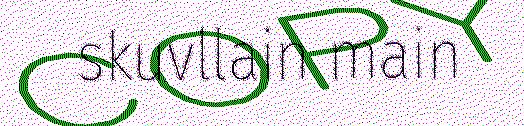
skuvllain main